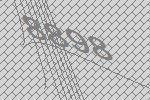
8898